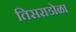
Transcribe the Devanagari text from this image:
तिसराडोळा